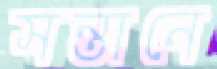
সন্তানে